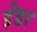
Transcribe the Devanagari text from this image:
ईंडर